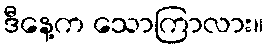
ဒီနေ့က သောကြာလား။